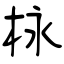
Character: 栐